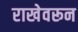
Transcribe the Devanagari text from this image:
राखेवरून